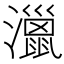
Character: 𤁯